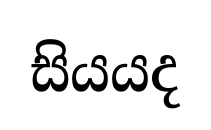
සියයද